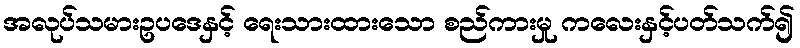
အလုပ်သမားဥပဒေနှင့် ရေးသားထားသော စည်ကားမှု ကလေးနှင့်ပတ်သက်၍